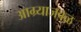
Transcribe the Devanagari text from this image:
आग्र्याजवळ